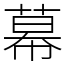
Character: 幕